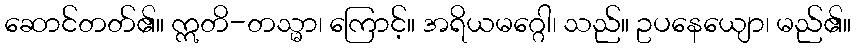
ဆောင်တတ်၏။ ဣတိ-တသ္မာ၊ ကြောင့်။ အရိယမဂ္ဂေါ၊ သည်။ ဥပနေယျော၊ မည်၏။